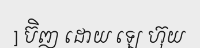
] ប៊ិញ ដោយ ឡេ ហ៊ុយ